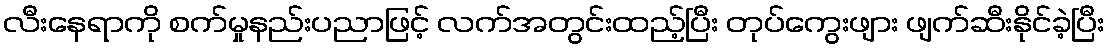
လီးနေရာကို စက်မှုနည်းပညာဖြင့် လက်အတွင်းထည့်ပြီး တုပ်ကွေးဖျား ဖျက်ဆီးနိုင်ခဲ့ပြီး